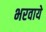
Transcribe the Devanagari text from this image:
भरवाये